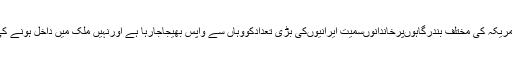
بعض اطلاعات کے مطابق امریکہ کی مختلف بندرگاہوںپرخاندانوںسمیت ایرانیوںکی بڑی تعدادکووہاں سے واپس بھیجاجارہا ہے اورنہیں ملک میں داخل ہونے کی اجازت نہیںدی جارہی ہے۔